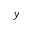
\mathscr { y }